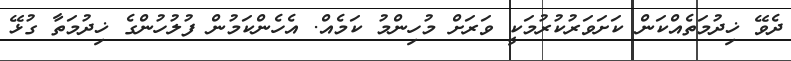
ދެވޭ ޚިދުމަތެއްކަން ކަށަވަރުކުރުމަކީ ވަރަށް މުހިންމު ކަމެއް. އެހެންކަމުން ފުލުހުންގެ ޚިދުމަތާ ގުޅޭ